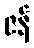
ဇန်